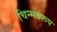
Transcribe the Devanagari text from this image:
चिन्मयरूप